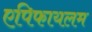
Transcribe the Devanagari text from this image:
एपिफायलम